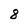
Character: 8